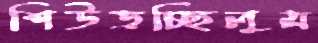
শিউড়চ্ছিলুম